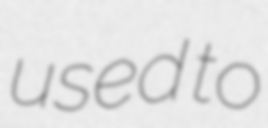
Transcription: used to